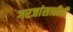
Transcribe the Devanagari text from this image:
गरजांसाठीही